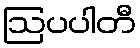
ဩပပါတီ